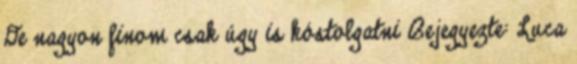
De nagyon finom csak úgy is kóstolgatni Bejegyezte: Luca